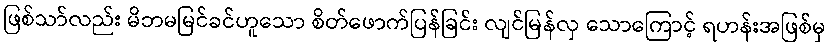
ဖြစ်သာ်လည်း မိဘမမြင်ခင်ဟူသော စိတ်ဖောက်ပြန်ခြင်း လျင်မြန်လှ သောကြောင့် ရဟန်းအဖြစ်မှ